Vaccination Hyderabad 1872-1889 - 1872-1889
Year: 1872
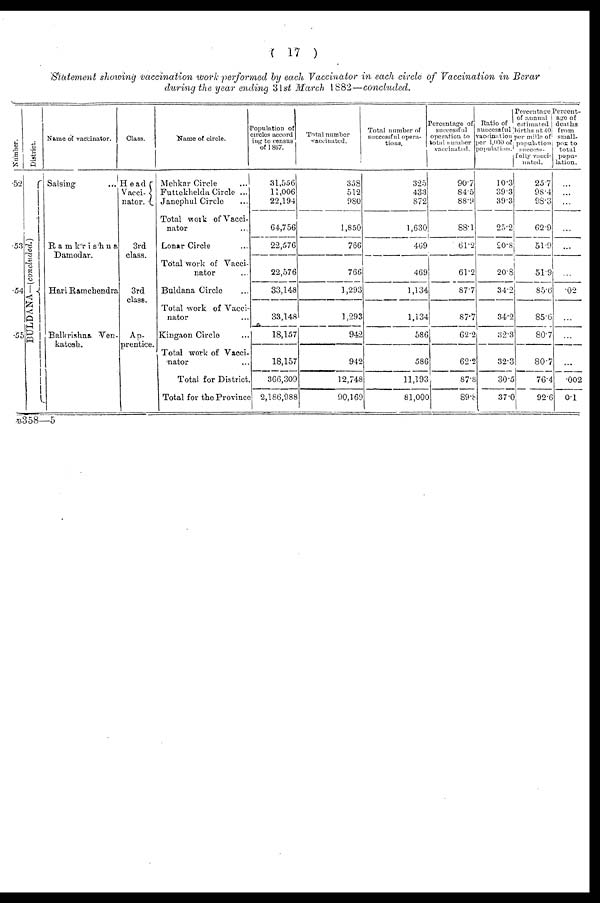
( 17 )
Statement showing vaccination work performed by each Vaccinator in each circle of Vaccination in Berar
during the year ending 31st March 1882—concluded.
Number.
52
53
54
55
District.
BULDANA—(concluded.)
Name of vaccinator.
Salsing ...
Ramkrishna
Damodar.
Hari Ramchendra
Balkrishna Ven¬
katesh.
Class.
Head
Vacci¬
nator.
3rd
class.
3rd
class.
Ap¬
prentice.
Name of circle.
Mehkar Circle ...
Futtekhelda Circle ...
Janephul Circle ...
Total work of Vacci-
nator
Lonar Circle ...
Total work of Vacci-
nator ...
Buldana Circle ...
Total work of Vacci-
nator
Kingaon Circle ...
Total work of Vacci-
nator ...
Total for District.
Total for the Province
Population of
circles accord¬
ing to census
of 1867.
31,556
11,006
22,194
64,756
22,576
22,576
33,148
33,148
18,157
18,157
366,309
2,186,988
Total number
vaticinated.
358
512
980
1,850
766
766
1,293
1,293
942
942
12,748
90,169
Total number of
successful opera-
tions.
325
433
872
1,630
469
469
1,134
1,134
586
586
11,193
81,000
Percentage of
successful
operation to
total number
vaccinated.
90.7
84.5
88.9
88.1
61.2
61.2
87.7
87.7
62.2
62.2
87.8
89.8
Ratio of
successful
vaccination
per 1,000 of
population.
10.3
39.3
39.3
25.2
20.8
20.8
34.2
34.2
32.3
32.3
30.5
37.0
Percentage
of annual
estimated
births at 40
per mille of
population
success¬
fully vacci-
nated.
25.7
98.4
98.3
62.9
51.9
51.9
85.6
85.6
80.7
80.7
76.4
92.6
Percent-
age of
deaths
from
small-
pox to
total
popu-
lation.
...
...
...
...
...
...
.02
...
...
...
.002
0.1
B358—5